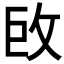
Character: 𢼑